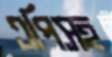
এপিসহ